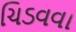
ચિડવવા